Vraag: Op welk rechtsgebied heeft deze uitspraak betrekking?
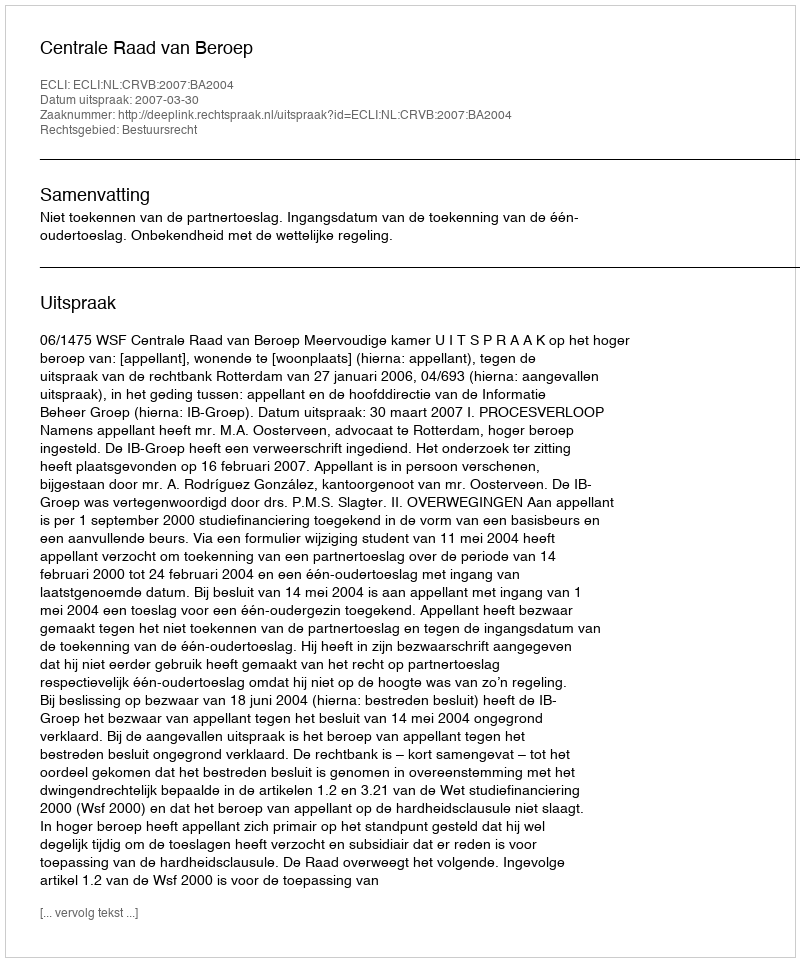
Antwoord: Bestuursrecht